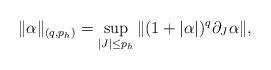
LaTeX: \begin{align*} \|\alpha\|_{(q, p_h)} = \sup_{|J| \leq p_h}\|(1 + |\alpha|)^q \partial_J\alpha \|,\end{align*}